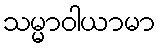
သမ္မာဝါယာမာ